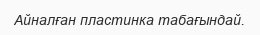
Айналған пластинка табағындай.